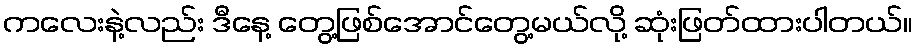
ကလေးနဲ့လည်း ဒီနေ့ တွေ့ဖြစ်အောင်တွေ့မယ်လို့ ဆုံးဖြတ်ထားပါတယ်။